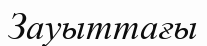
Зауыттағы